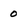
Character: 0